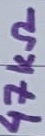
Text: 47KΩ